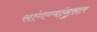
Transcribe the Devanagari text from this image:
सांगण्यांनुसार